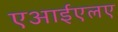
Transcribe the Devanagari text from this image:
एआईएलए